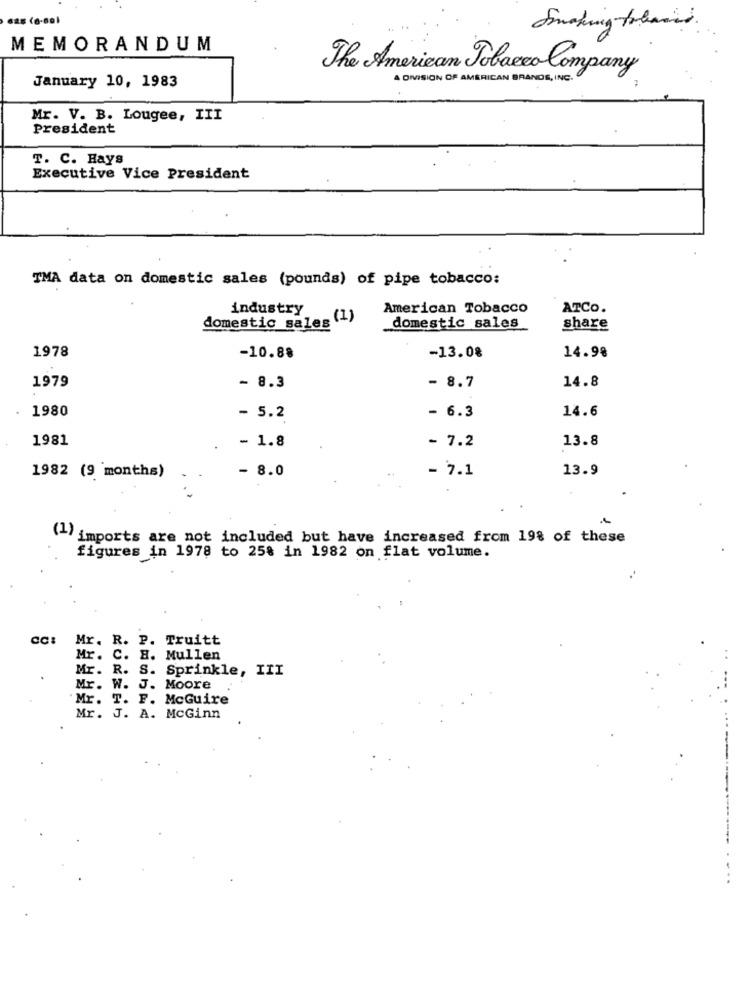
Smoking tolands.
MEMORANDUM
The American Tobacco Company
January 10, 1983
A DIVISION OF AMERICAN BRANDS, INC.
Mr. V. B. Lougee, III
President
T. C. Rays
Executive Vice President
TMA data on domestic sales (pounds) of pipe tobacco:
industry
American Tobacco
ATCO.
domestic sales (1)
domestic sales
share
1978
-10.88
-13.08
14.98
14.8
1979
- 8.3
- 8.7
1980
- 6.3
14.6
- 5.2
1981
- 1.8
13.8
- 7.2
- 8.0
- 7.1
13.9
1982 (9 months)
(1) imports are not included but have increased from 198 of these
figures in 1978 to 25% in 1982 on flat volume.
cc: Mr. R. P. Truitt
Mr. C. H. Mullen
Mr. R. S. Sprinkle, III
Mr. W. J. Moore
Mr. T. F. McGuire
Mr. J. A. McGinn